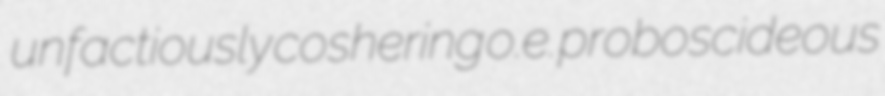
unfactiously coshering o.e. proboscideous